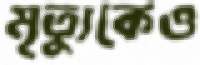
মৃত্যুকেও